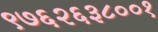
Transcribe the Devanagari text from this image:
९७६२६३८००१